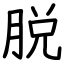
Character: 脱